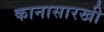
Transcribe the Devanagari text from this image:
कानासारखी